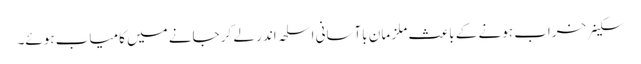
سکینر خراب ہونے کے باعث ملز مان باآسانی اسلحہ اندر لے کر جانے میں کامیاب ہوئے۔